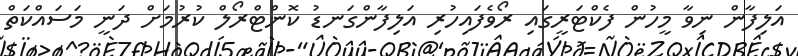
އަލިފާން ނިވާ މީހުން ފެކްޓަރީގައި ރޯވެފައިހުރި އަލިފާންގަނޑު ކޮންޓްރޯލް ކުރުމަށް ދަނީ މަސައްކަތް